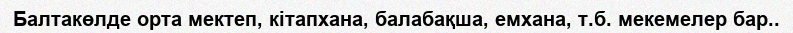
Балтакөлде орта мектеп, кітапхана, балабақша, емхана, т.б. мекемелер бар..